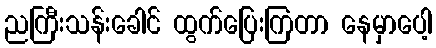
ညကြီးသန်းခေါင် ထွက်ပြေးကြတာ နေမှာပေါ့